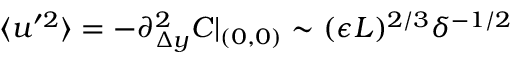
\langle u ^ { \prime 2 } \rangle = - \partial _ { \Delta y } ^ { 2 } C | _ { ( 0 , 0 ) } \sim ( \epsilon L ) ^ { 2 / 3 } \delta ^ { - 1 / 2 }